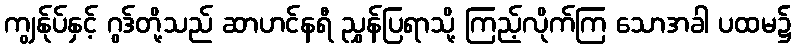
ကျွန်ုပ်နှင့် ဂွဒ်တို့သည် ဆာဟင်နရီ ညွှန်ပြရာသို့ ကြည့်လိုက်ကြ သောအခါ ပထမ၌